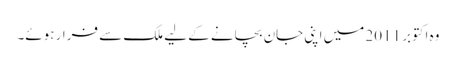
وہ اکتوبر 2011 میں اپنی جان بچانے کے لیے ملک سے فرار ہوئے۔